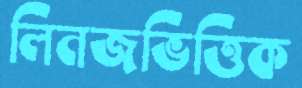
লিনজভিত্তিক